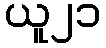
ယူ၂၁